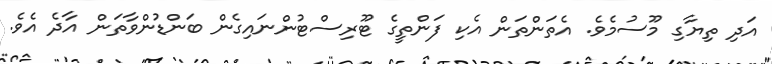
އަދި ތިޔާގި މޫސުމެވެ. އެތަންތަން އެކި ފަންތީގެ ޓޫރިސްޓުންނައިގެން ބަންޑުންވާތަން އާދެ އެވެ.